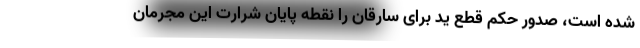
شده است، صدور حکم قطع ید برای سارقان را نقطه پایان شرارت این مجرمان